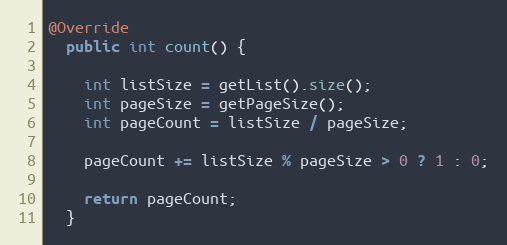
Language: Java
@Override
  public int count() {

    int listSize = getList().size();
    int pageSize = getPageSize();
    int pageCount = listSize / pageSize;

    pageCount += listSize % pageSize > 0 ? 1 : 0;

    return pageCount;
  }